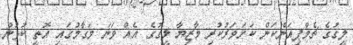
ލީގުގެ ޗެމްޕިއަންކަން ކަށަވަރުކުރި މާޒިޔާ ލީގުގެ އެއް ވަނަ މަގާމުގައި އޮތީ ކުޅުނު